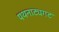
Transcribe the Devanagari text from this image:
पथनाट्यगट